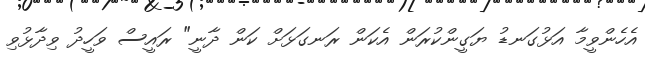
އެހެންވީމާ އަޅުގަނޑު ޔަގީންކުރަން އެކަން ރަނގަޅަށް ކަން ދާނީ" ރައީސް ވަހީދު ވިދާޅުވި